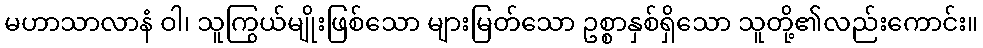
မဟာသာလာနံ ဝါ၊ သူကြွယ်မျိုးဖြစ်သော များမြတ်သော ဥစ္စာနှစ်ရှိသော သူတို့၏လည်းကောင်း။